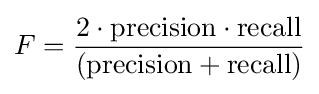
F={\frac {2\cdot \mathrm {precision} \cdot \mathrm {recall} }{(\mathrm {precision} +\mathrm {recall} )}}